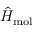
\hat { H } _ { \mathrm { m o l } }